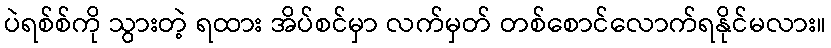
ပဲရစ်စ်ကို သွားတဲ့ ရထား အိပ်စင်မှာ လက်မှတ် တစ်စောင်လောက်ရနိုင်မလား။